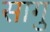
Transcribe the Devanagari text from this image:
सागु